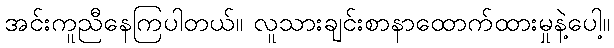
အင်းကူညီနေကြပါတယ်။ လူသားချင်းစာနာထောက်ထားမှုနဲ့ပေါ့။